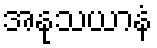
အနုသယာနံ